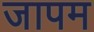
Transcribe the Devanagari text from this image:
जापम